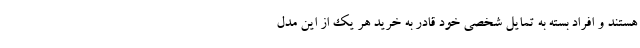
هستند و افراد بسته به تمایل شخصی خود قادر به خرید هر یک از این مدل